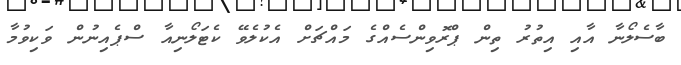
ބާސެލޯނާ އާއި އިތުރު ތިން ޕްރޮވިންސެއްގެ މައްޗަށް އެކުލެވޭ ކެޓަލޯނިއާ ސްޕެއިނުން ވަކިވުމާ